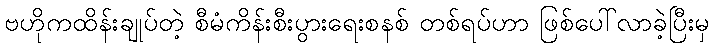
ဗဟိုကထိန်းချုပ်တဲ့ စီမံကိန်းစီးပွားရေးစနစ် တစ်ရပ်ဟာ ဖြစ်ပေါ်လာခဲ့ပြီးမှ